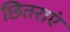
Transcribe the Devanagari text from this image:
छितराएं